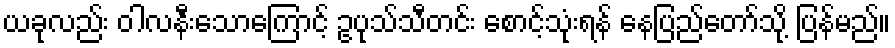
ယခုလည်း ဝါလနီးသောကြောင့် ဥပုသ်သီတင်း စောင့်သုံးရန် နေပြည်တော်သို့ ပြန်မည်။